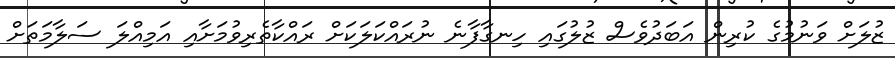
ޒުލަށް ވަނުމުގެ ކުރިން އަބަދުވެސް ޒުލުގައި ހިނގާފާނެ ނުރައްކަލަކަށް ރައްކާތެރިވުމަށާއި އަމިއްލަ ސަލާމަތަށް